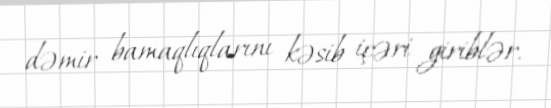
dəmir bamaqlıqlarını kəsib içəri giriblər.